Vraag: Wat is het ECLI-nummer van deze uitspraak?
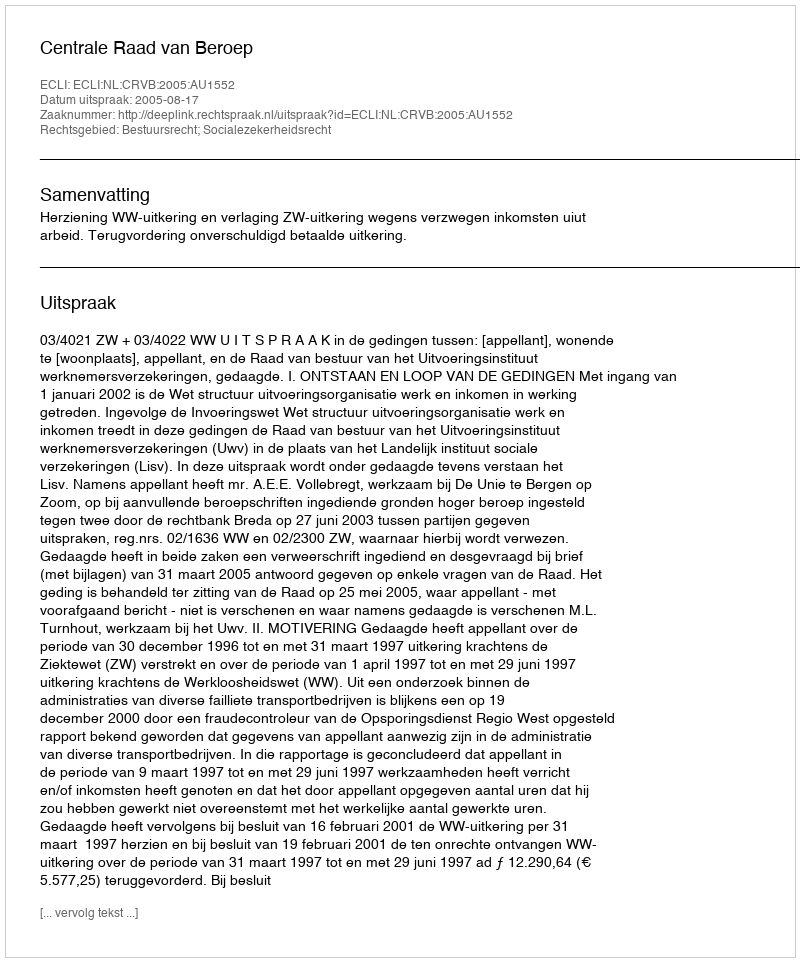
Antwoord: ECLI:NL:CRVB:2005:AU1552